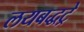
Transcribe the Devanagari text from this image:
लयबद्धट्रे